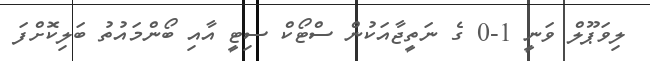
ލިވަޕޫލް ވަނީ 1-0 ގެ ނަތީޖާއަކުން ސްޓޯކް ސިޓީ އާއި ބޯންމައުތު ބަލިކޮށްފަ